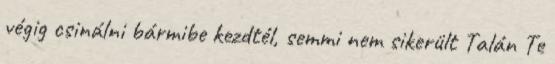
végig csinálni bármibe kezdtél, semmi nem sikerült Talán Te